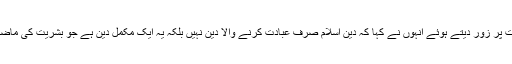
اختلافات کو افہام و تفہیم سے حل کئے جانے کی ضرورت پر زور دیتے ہوئے انہوں نے کہا کہ دینِ اسلام صرف عبادت کرنے والا دین نہیں بلکہ یہ ایک مکمل دین ہے جو بشریت کی ماضی، حال اور مستقبل کی تمام ضرورتوں کو پورا کرتا ہے۔